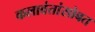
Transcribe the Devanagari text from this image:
कलावंतांसोबत